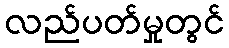
လည်ပတ်မှုတွင်